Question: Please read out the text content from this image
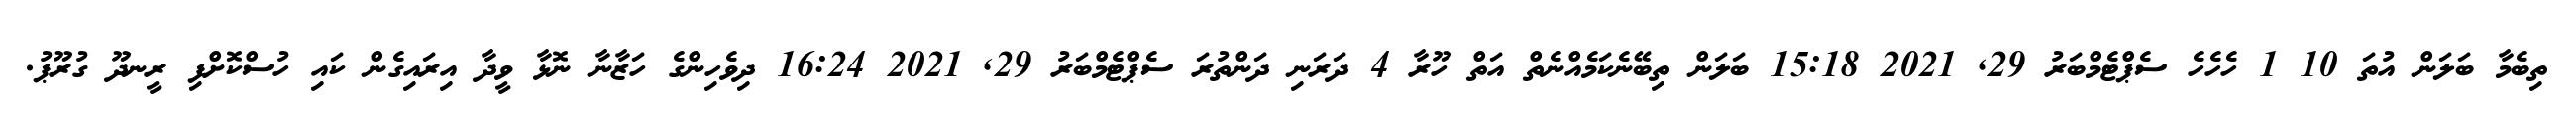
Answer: ތިބެމާ ބަލަން އުތަ 10 1 ހެހެހެ ސެޕްޓެމްބަރު 29, 2021 15:18 ބަލަން ތިބޭނެކަމެއްނެތް އަތް ހޫރާ 4 ދަރަނި ދަންތުރަ ސެޕްޓެމްބަރު 29, 2021 16:24 ދިވެހިންގެ ހަޒާނާ ނޮޅާ ވީދާ އިރައިގެން ކައި ހުސްކޮށްފި ރީނދޫ ގުރޫޕު.